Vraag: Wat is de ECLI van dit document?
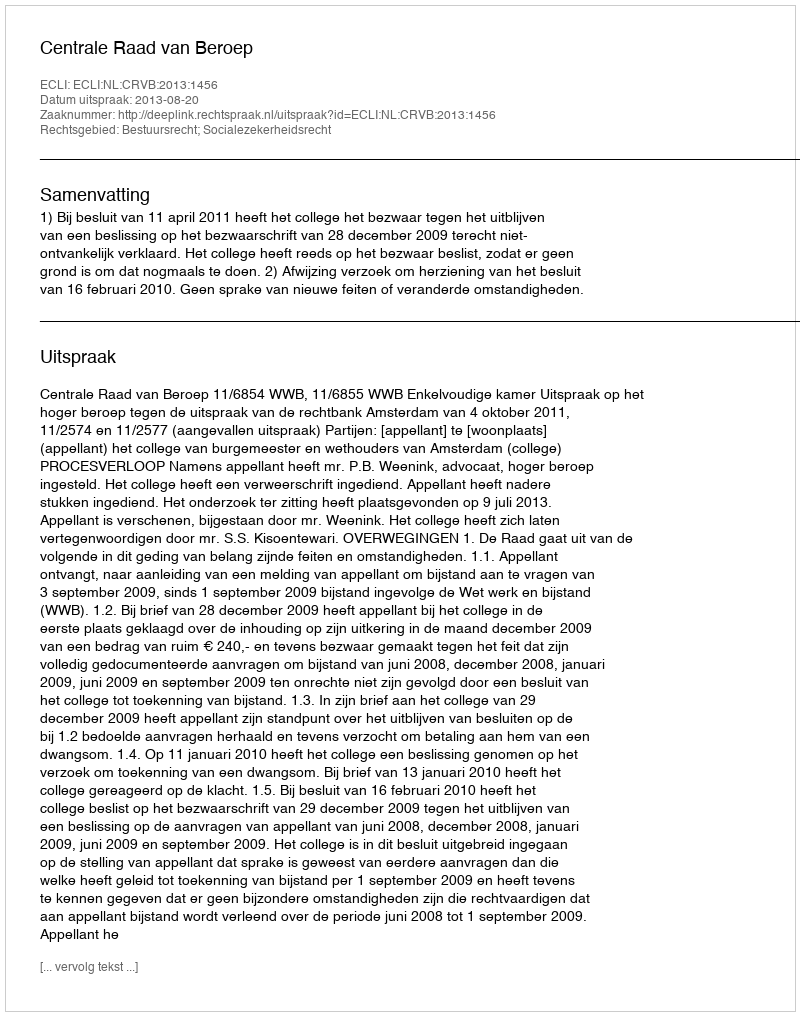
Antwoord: ECLI:NL:CRVB:2013:1456